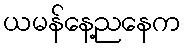
ယမန်နေ့ညနေက